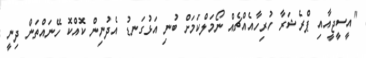
"އީސީޖީއާއި ޕްރެޝަރާ ހުރިހާއެއްޗެއް ނޯމަލްކަމަށް ބުނި އަޅުގަނޑު އެދުނިން ކޮއްކޮ ހޭނައްތަން ދިނީ